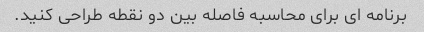
برنامه ای برای محاسبه فاصله بین دو نقطه طراحی کنید.